Bréfritari: Sigríður Pálsdóttir
Viðtakandi: Páll Pálsson
Dagsetning: A-1869-11-09
Skrifað á: Breiðabólsstað  Rang.
Páll var bróðir Sigríðar

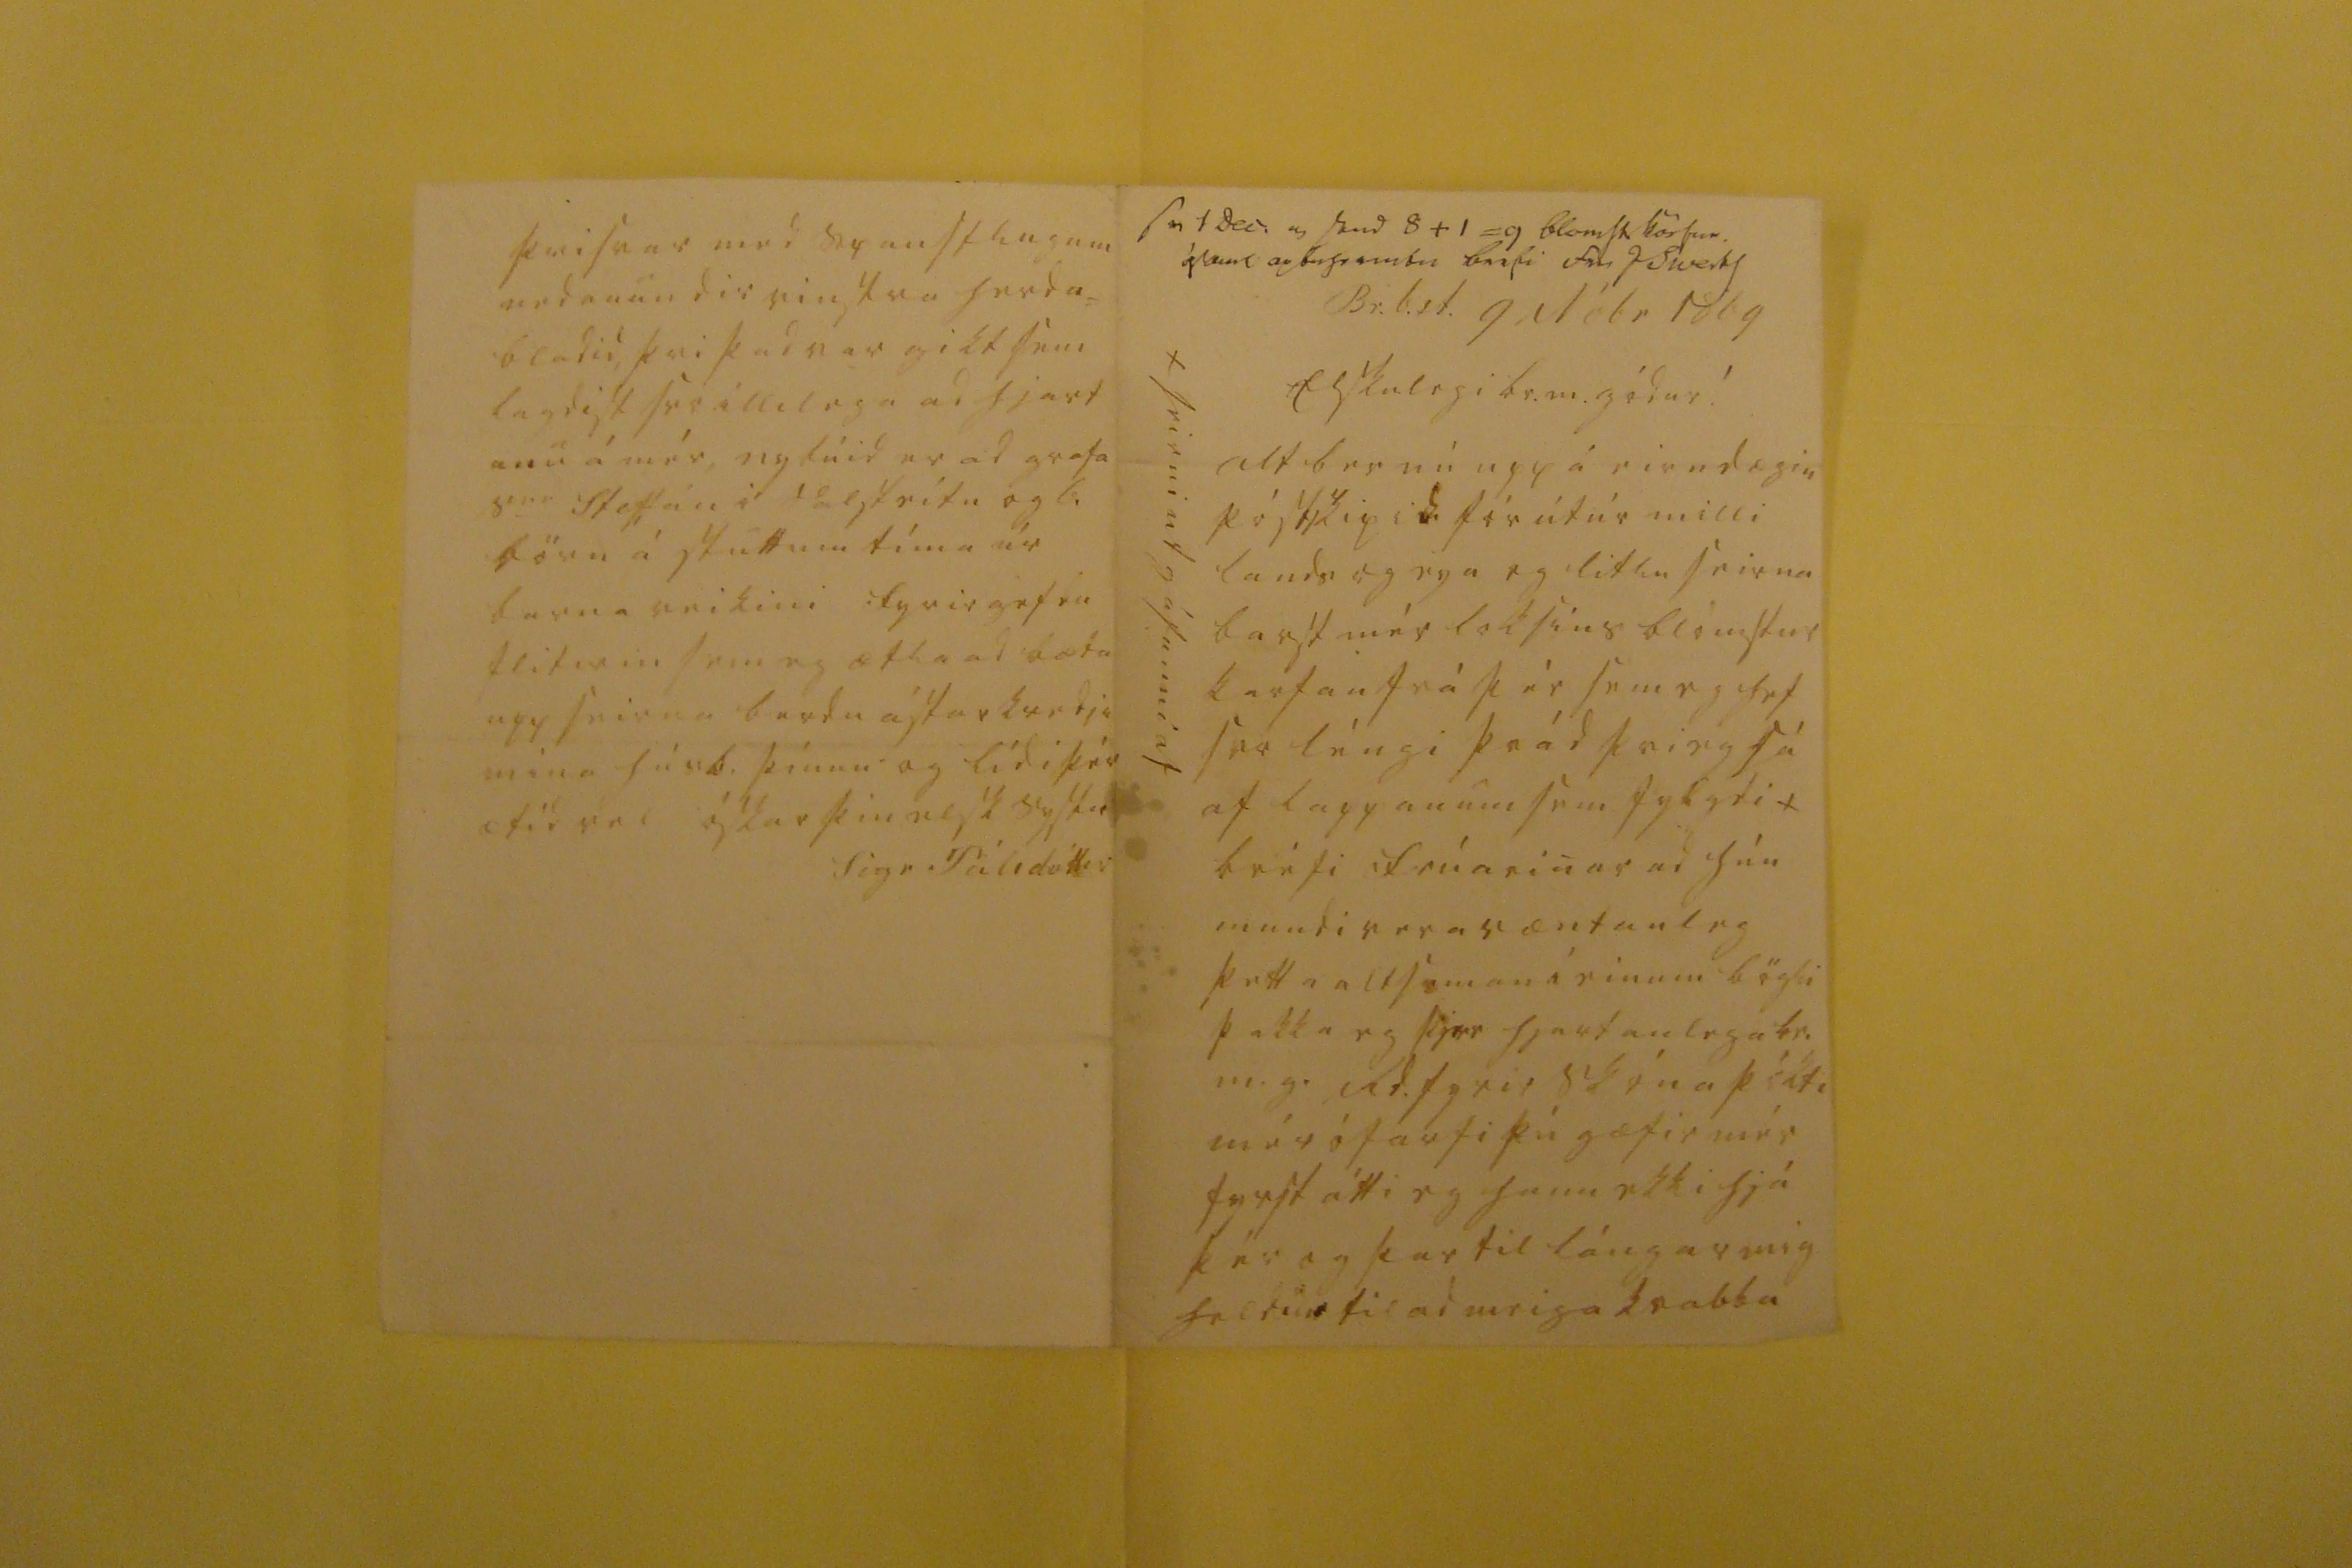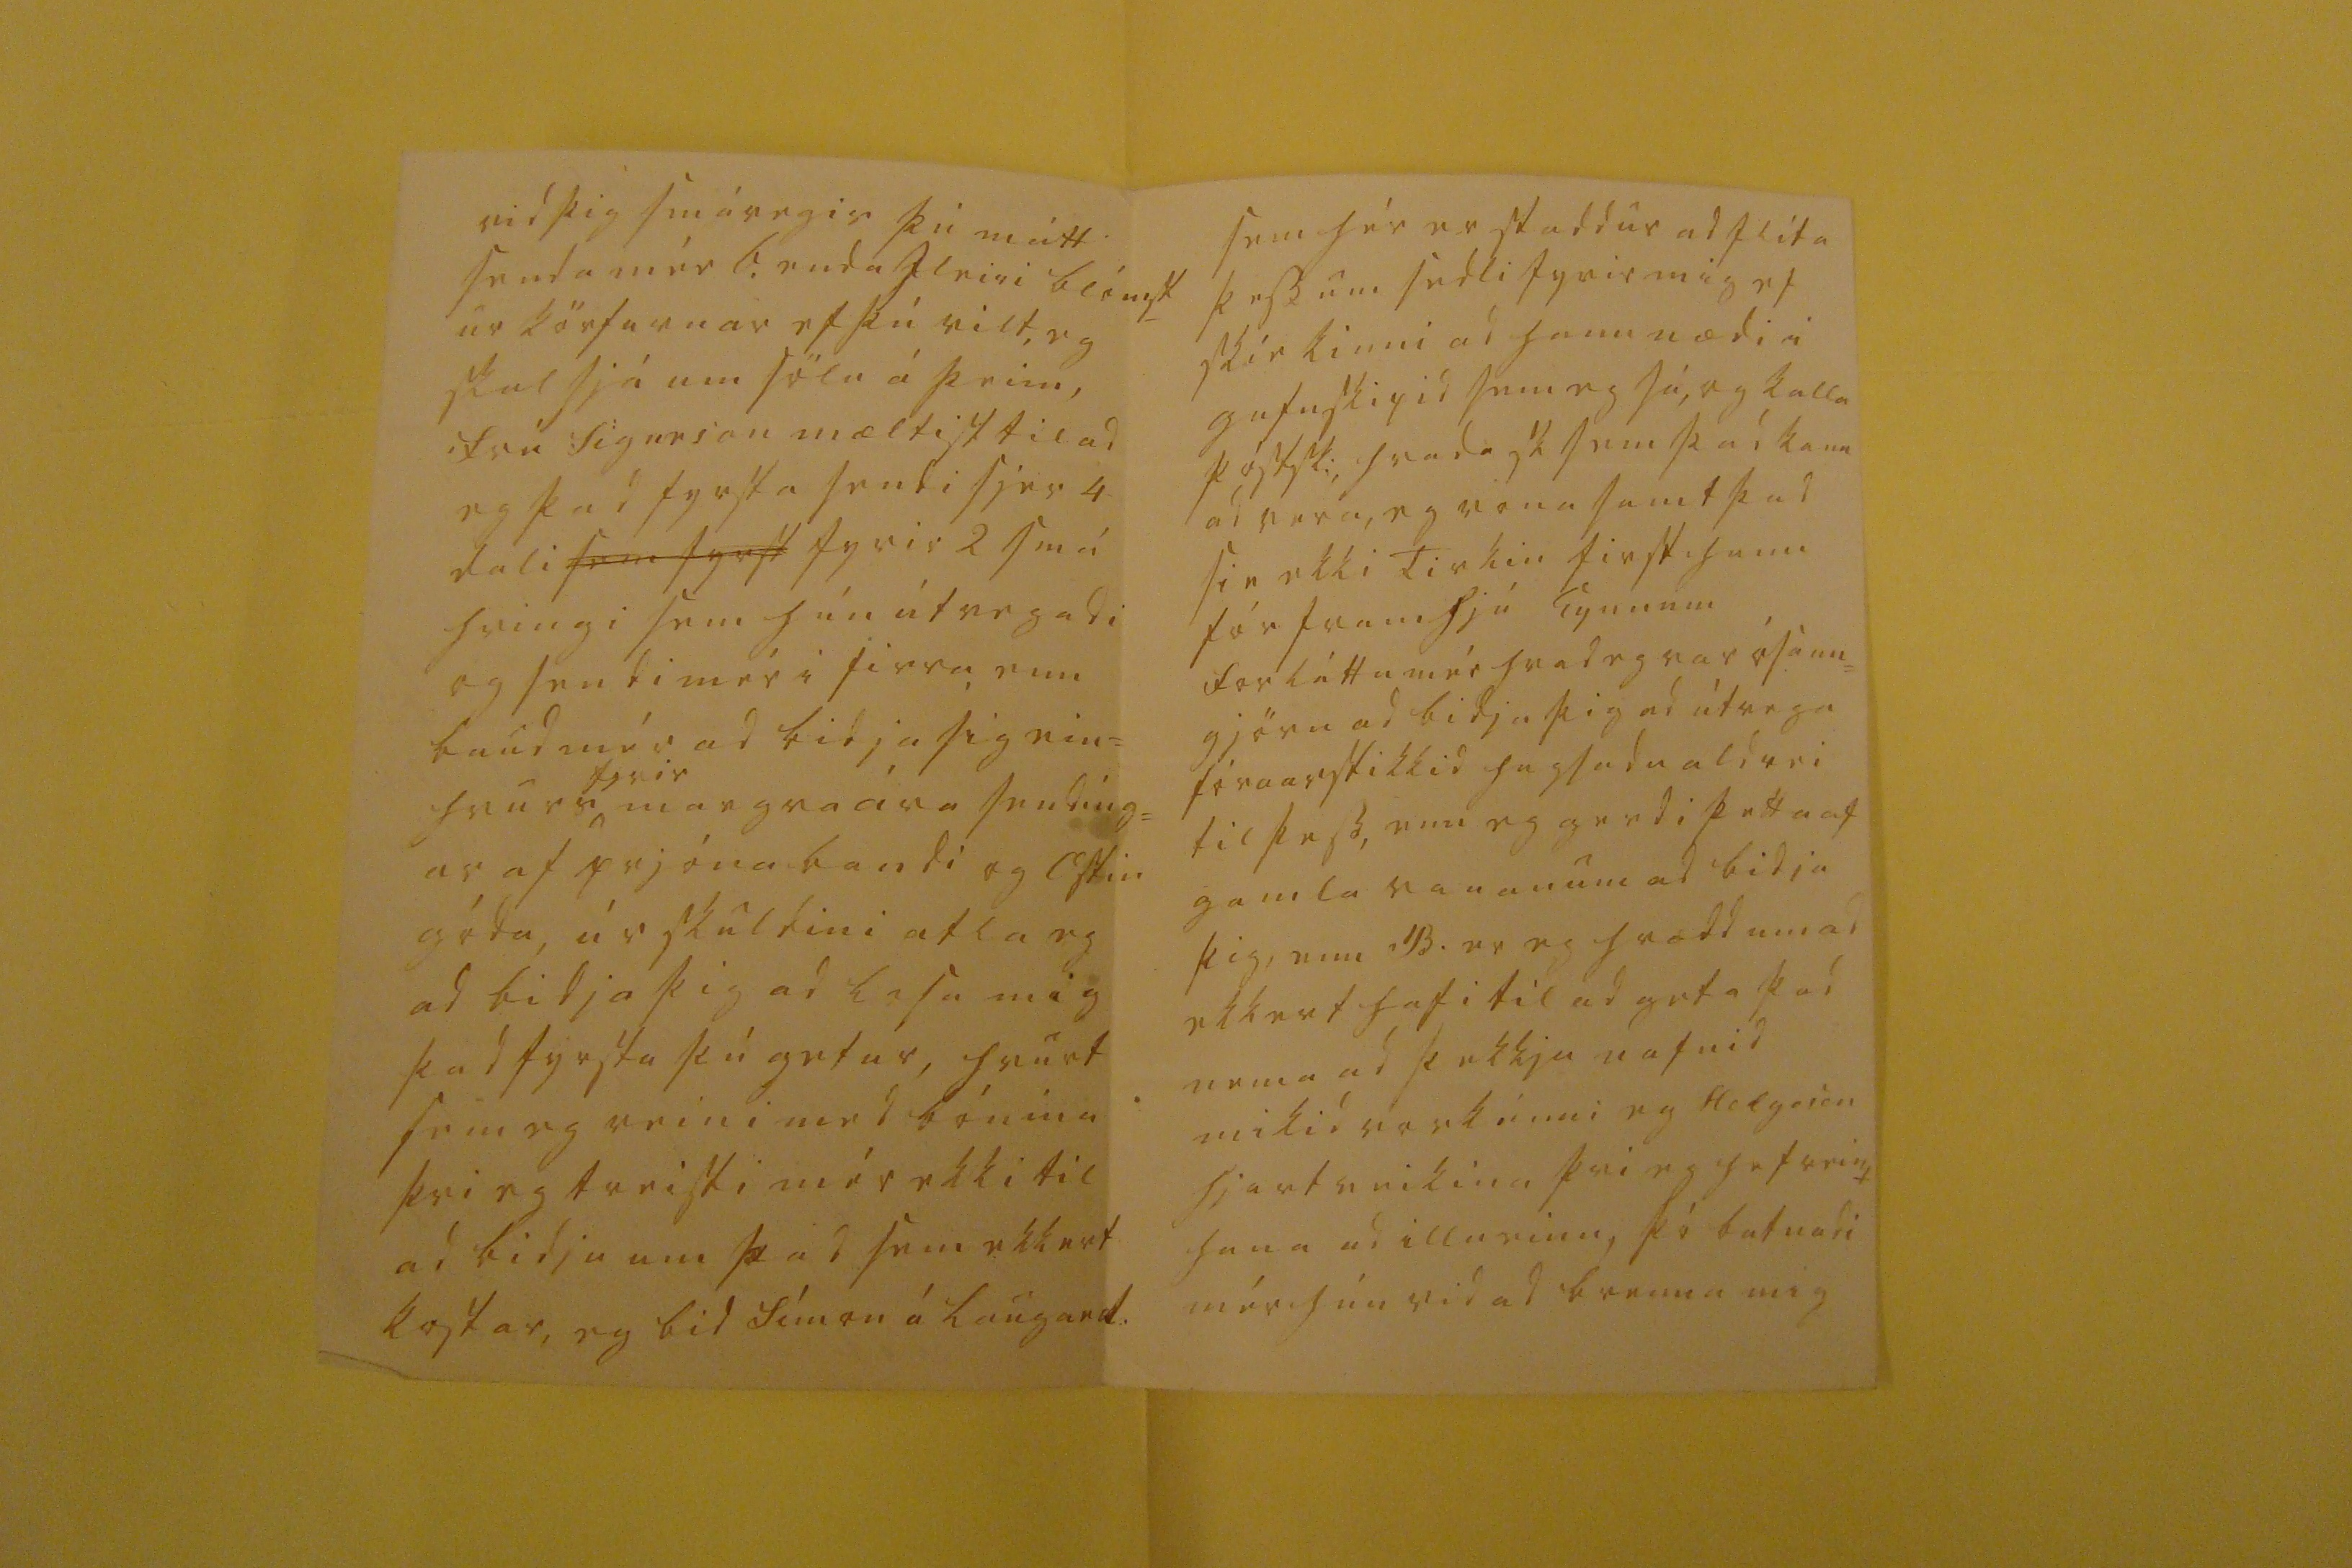

sv 1 Dec. og send 8 + 1 = 9 blomst korfur ásamt ap000mbu brefi fra J Siverts
Br.b.st. 9 Nóbr 1869
Elskulegi br.m. gódur!
alt ber nú upp á eirndægin póstskipi S. fór útúr milli lands og eya og litlu seirna barst mér loksins blómstur karfan frá þér sem eg hef svo léngi þrád þvi eg sé af lappanum sem fylgdi x bréfi frúarinar ad hún mundi vera væntaleg þetta altsaman í einum bögli þakka eg þjer hjartanlega br. m.g. Rd. fyrir skóna þókti mér óþarfi þú gæfir mér fyrst átti eg hann ekki hjá þér og þar til lángar mig heldur til ad meiga kvabba
x seirni utgáfunni af
vid þig smávegis þú mátt senda mér 6. enda fleiri blómst ur körfurnar ef þú vilt, eg skal sjá um sölu á þeim, frú Sigurson mæltist til ad eg þad fyrsta sendi sjer 4 dali
sem fyrst
fyrir 2 smá hringi sem hún útvegadi og sendi mér i firra, enn baud mér ad bidja sig ein= hvurs
firir
margra ára sendíng= ar af prjónabandi og ostin góda, úr skuldini atla eg ad bidja þig ad losa mig þad fyrsta þú getur, hvurt sem eg reini med bónina þvi eg treisti mér ekki til ad bidja um þad sem ekkert kostar, eg bid Símon á Laugard.
sem hér er staddur ad flíta þessum sedli fyrir mig ef skír kinni ad hann nædi i gufuskipid sem eg sá, og kalla póstsk: hvada sk sem þad kann ad vera, eg vona samt þad sie ekki Tirkin first hann fór framhjá Eyunum forláttu mér hvad eg var ósann= gjörn ad bidja þig ad útvega fór
n
arstikkid hugsadu aldrei til þess, enn eg gerdi þetta af gamla vananum ad bidja þig, enn B. er eg hrædd um ad ekkert hafi til ad geta þad nema ad þekkja nafnid mikid vorkénni eg Helgason hjartveikina þvi eg hef reint hana ad illu einu, þó batnadi mér hún vid ad brenna mig
þvi svar med spansflugum nedan undir vinstra herda= bladid, þvi þad var gikt sem lagdist svo illilega ad hjart anu á mér, nybúid er ad grafa s
er
Steffán i
Valstrítu
og 6 börn á stuttum tíma úr barnaveikini fyrirgefdu flitirin sem eg ætla ad bæta upp seirna berdu ástarkvedju mina húsb. þínum og lídi þér ætíd vel
óskar þin elsk systir
Sigr Pálsdóttir